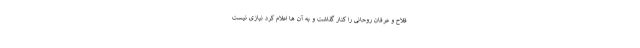
فلاح و عرفان روحانی را کنار گذاشت و به آن ها اعلام کرد نیازی نیست